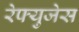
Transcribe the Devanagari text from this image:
रेफ्युजेस